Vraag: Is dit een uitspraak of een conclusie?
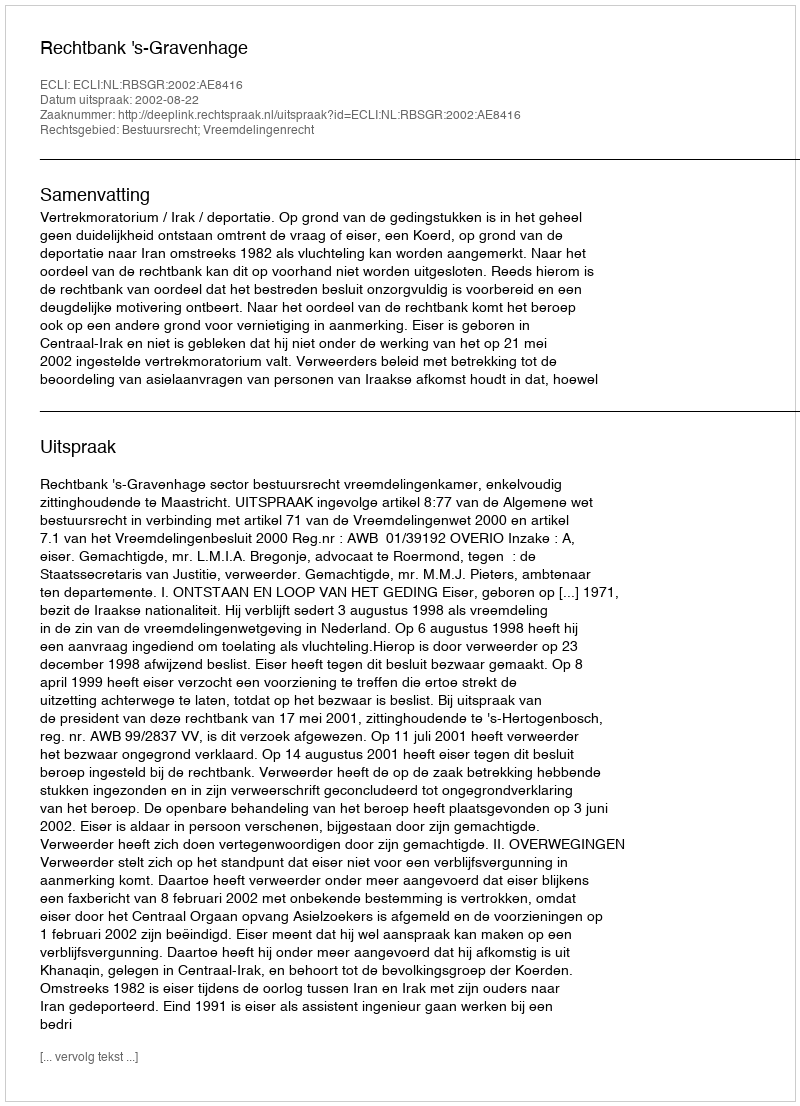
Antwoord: Uitspraak